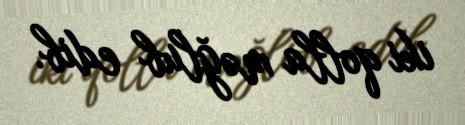
iki qolla məğlub edib.